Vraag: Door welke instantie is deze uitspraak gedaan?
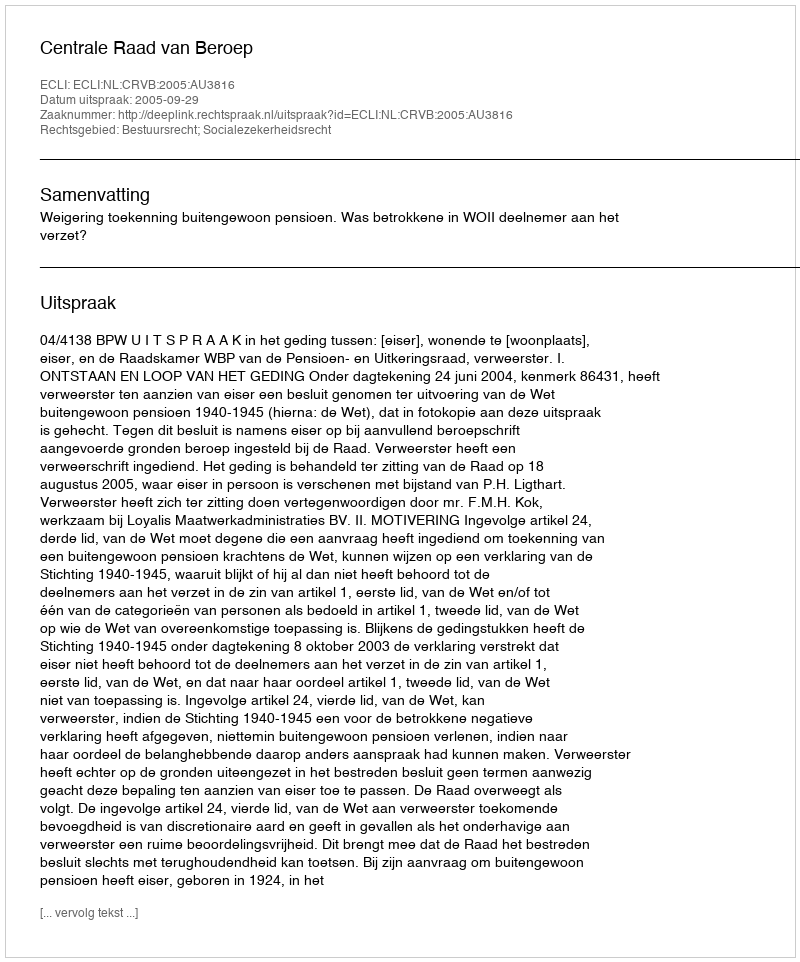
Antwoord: Centrale Raad van Beroep